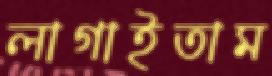
লাগাইতাম